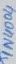
Text: IN4004